Civil Veterinary Dept. North-West Frontier Province 1901-22 - 1901-1922
Year: 1901
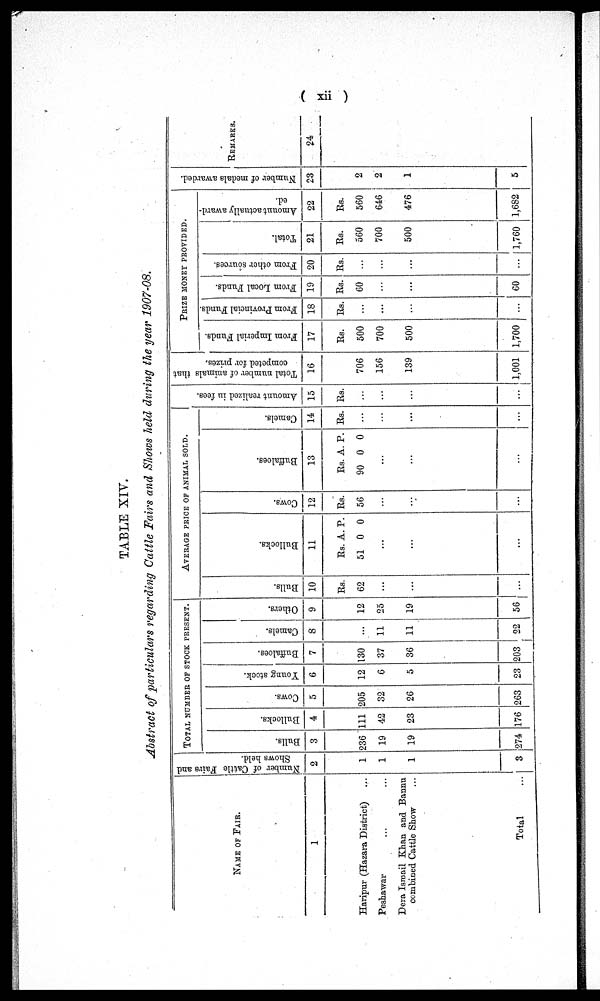
( xii )
TABLE XIV.
Abstract of particulars regarding Cattle Fairs and Shows held during the year 1907-08.
NAME OF FAIR.
1
Haripur (Hazara District) ...
Peshawar ... ...
Dera Ismail Khan and Bannu
combined Cattle Show ...
Total ...
Number of Cattle Fairs and
Shows held.
2
1
1
1
3
TOTAL NUMBER OF STOCK PRESENT.
Bulls.
3
236
19
19
274
Bullocks.
4
111
42
23
176
Cows.
5
205
32
26
263
Young stock.
6
12
6
5
23
Buffaloes.
7
130
37
36
203
Camels.
8
...
11
11
22
Others.
9
12
25
19
56
AVERAGE PRICE OF ANIMAL SOLD.
Bulls.
10
Rs.
62
...
...
...
Bul l
ocks .
11
Rs.
51
A.
0
...
...
...
P.
0
Cows.
12
Rs.
56
...
...
...
Buf f
al oes .
13
Rs.
90
A.
0
...
...
...
P.
0
Camels.
14
Rs.
...
...
...
...
Amo u n t r e a l i z e d in fees.
15
Rs.
...
...
...
...
Total number of animals that
competed for prizes.
16
706
156
139
1,001
PRIZE MONEY PROVIDED.
From Imperial Funds.
17
Rs.
500
700
500
1,700
From Provincial Funds.
18
Rs.
...
...
...
...
From Local Funds.
19
Rs.
60
...
...
60
From other sources.
20
Rs.
...
...
...
...
Total.
21
Rs.
560
700
500
1,760
Amount actually award-
ed.
22
Rs.
560
646
476
1,682
Number of medals awarded.
23
2
2
1
5
REMARKS.
24